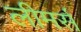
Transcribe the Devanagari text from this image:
लीमर्स